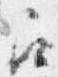
召